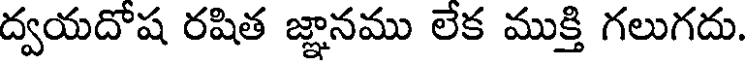
ద్వయదోష రషిత జ్ఞానము లేక ముక్తి గలుగదు.